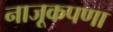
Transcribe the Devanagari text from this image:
नाजूकपणा